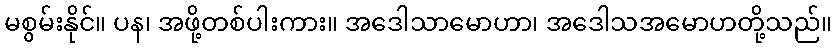
မစွမ်းနိုင်။ ပန၊ အဖို့တစ်ပါးကား။ အဒေါသာမောဟာ၊ အဒေါသအမောဟတို့သည်။